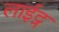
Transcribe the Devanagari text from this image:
लाईट्न